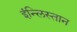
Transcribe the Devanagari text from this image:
इंन्लिस्तान